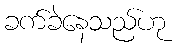
ခက်ခဲနေသည်ဟု